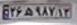
۲۶ه۹۸۷۱۳